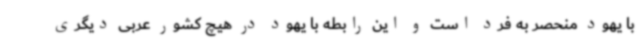
با یهود منحصر به فرد است و این رابطه با یهود در هیچ کشور عربی دیگری